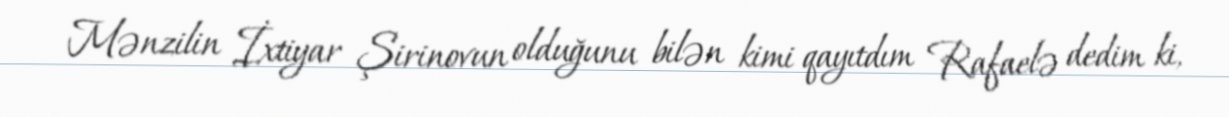
Mənzilin İxtiyar Şirinovun olduğunu bilən kimi qayıtdım Rafaelə dedim ki,